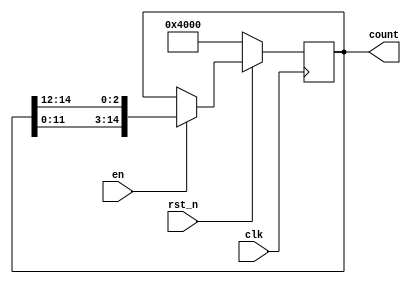
`timescale 1ns / 1ps
//////////////////////////////////////////////////////////////////////////////////
// Company: 
// Engineer: 
// 
// Design Name: 
// Module Name: RingCounterX3
// Project Name: 
// Target Devices: 
// Tool Versions: 
// Description: 
// 
// Dependencies: 
// 
// Revision:
// Revision 0.01 - File Created
// Additional Comments:
// 
//////////////////////////////////////////////////////////////////////////////////


module RingCounterX3(en, clk, rst_n, count);

    parameter set2 = 14;
    parameter W = 15;
    input en, clk, rst_n;
    output reg [W-1:0] count;
    
    always@(posedge clk) begin
    
        if(!rst_n) count <= (1 << set2); // count 

        else begin // reset   RingCounter 
            if(en) count <= {count[11:0],count[14:12]}; // concatenation shift   3bit 
        end
    end
endmodule